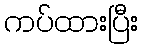
ကပ်ထားပြီး